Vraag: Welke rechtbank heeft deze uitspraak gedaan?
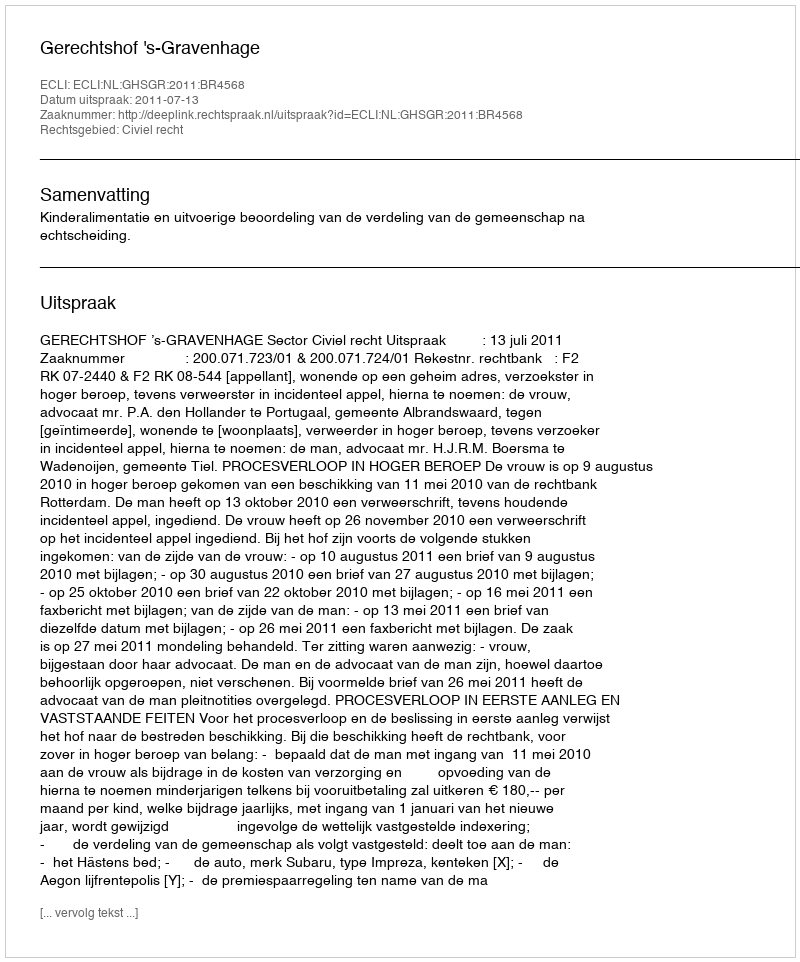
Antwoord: Gerechtshof 's-Gravenhage